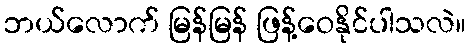
ဘယ်လောက် မြန်မြန် ဖြန့်ဝေနိုင်ပါသလဲ။